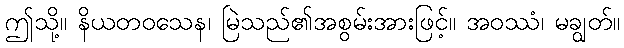
ဤသို့။ နိယတဝသေန၊ မြဲသည်၏အစွမ်းအားဖြင့်။ အဝဿံ၊ မချွတ်။